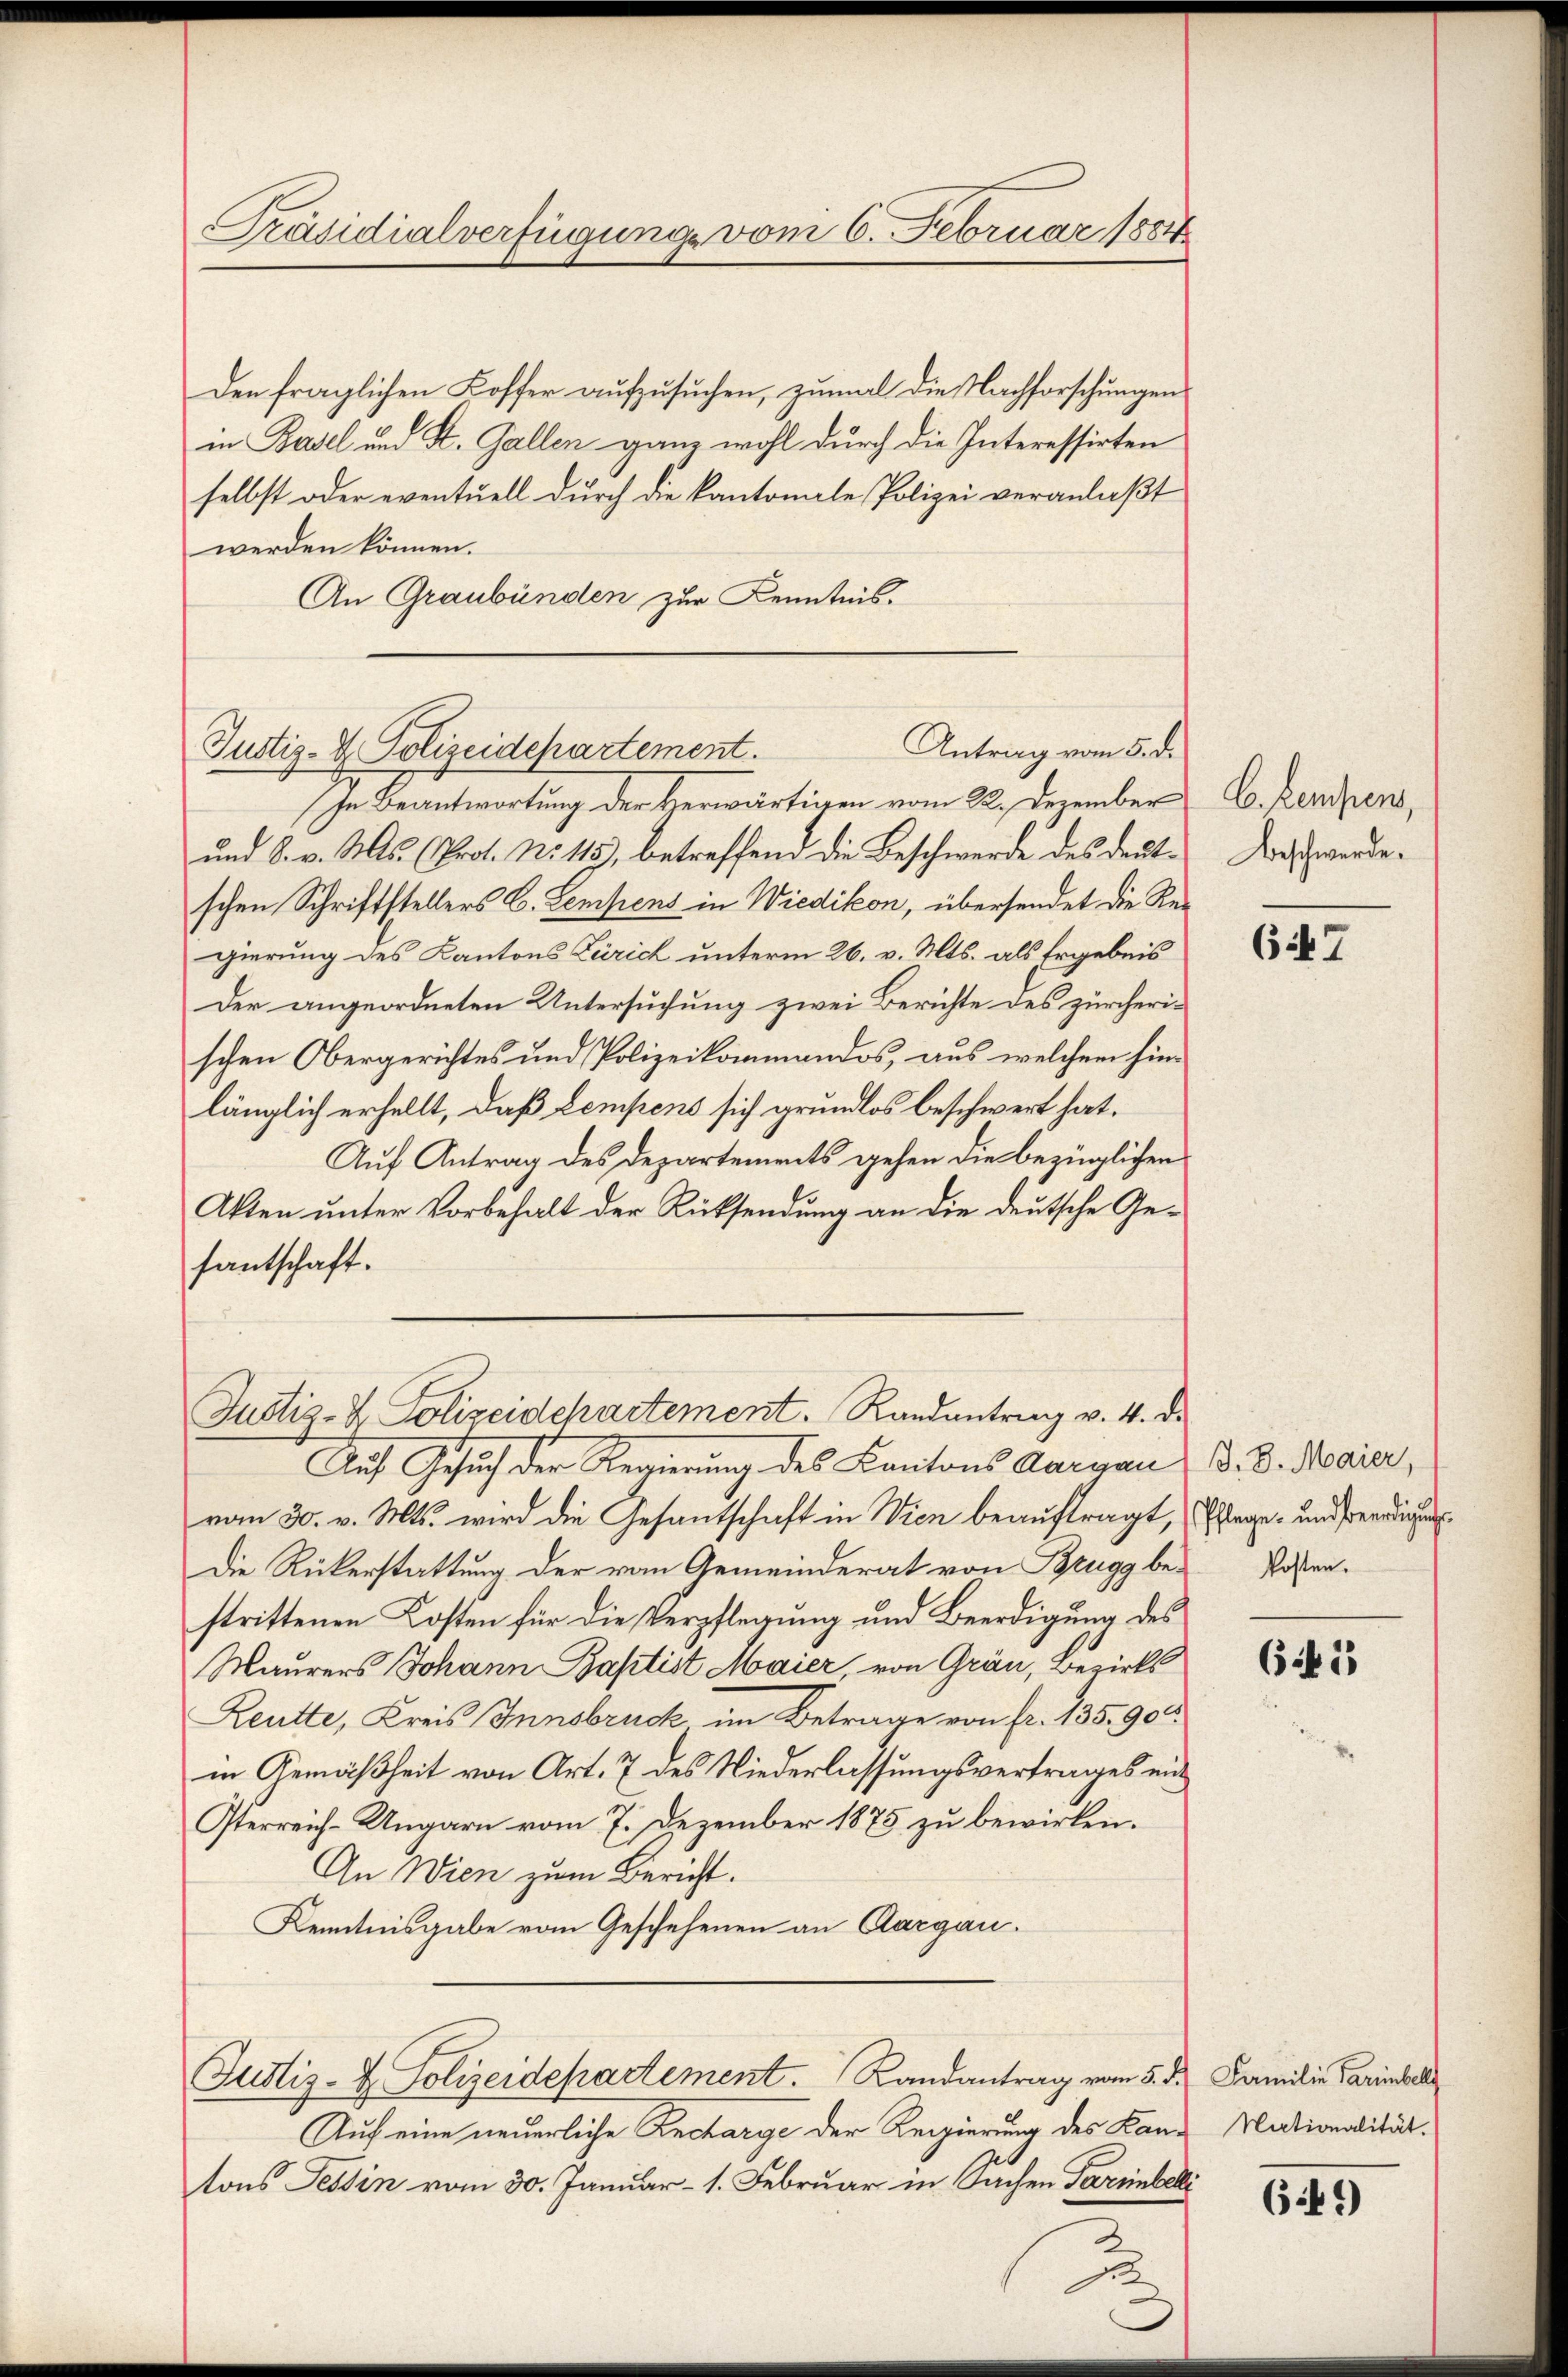
Präsidialverfügung vom 6. Februar 1884

Antrag vom 5. d.
Justiz- & Polizeidepartement.
In Beantwortung der Herwärtigen vom 22. Dezember

Den fraglichen Koffer aufzusuchen, zumal die Nachforschungen
in Basel und St. Gallen ganz wohl durch die Interessirten
selbst oder eventuell durch die kantonale Polizei veranlaßt
werden können.
An Graubünden zur Kenntnis.

und S. v. Ms. (Prot. No 115), betreffend die Beschwerde des deutschen Schriftstellers C. Lampens in Wiedikon, übersendet die Regierung des Kantons Zürich unterm 26. v. Mts. als Ergebnis
Der angeordneten Untersuchung zwei Berichte des zürcherischen Obergerichtes und Polizeikommandos, aus welchem hinlänglich erhellt, daß Lempens sich grundlos beschwert hat.
Auf Antrag des Departements gehen die bezüglichen
Akten unter Vorbehalt der Rücksendung an die deutsche Gefantschaft.

Justiz- & Polizeidchartement. Randantrag v. 4. d.

Auf Gesuch der Regierung des Kantons Aargau B. d. Maier,
vom 30. v. Mts. wird die Gesantschaft in Wien beauftragt,
Die Rükerstattung der vom Gemeinderat von Brugg bestrittenen Kosten für die Verpflegung und Beerdigung des
Maurers Johann Baptist Maier, von Grau, Bezirks
Reutte, Kreis Innsbruck im Betrage von fr. 135. 900
in Gemäßheit von Art. 7 des Niederlassungsvertrages ein
Iterreich-Ungarn vom 7. Dezember 1875 zu bewirken.
An Wien zum Bericht.
Kenntnisgabe vom Geschehenen an Aargau.

Justiz- & Polizeidepartement. Randantrag vom 5. d. Familie Parimbeck

0

Auf eine neuerliche Recharge der Regierung des Land Nationalität.
tons Tessin vom 30. Januar - 1. Februar in Sachen Parimbeki

C. Keisens,
Beschwerde.

647

Pflege und Beerdigung
kosten.

665

649